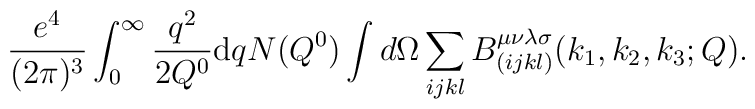
\frac{{ e^4}}{(2\pi )^3} \int_0^{\infty}\frac{{ q}^2}{{ 2Q^0}} {\rm d} q N({Q^0}) \int d\Omega\sum_{ijkl}{ B}_{(ijkl)}^{\mu \nu \lambda \sigma}({ k_1 ,k_2 ,k_3};Q).